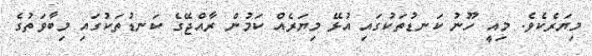
މިޔަރެކެވެ. މިއީ ހޫނު ކަނޑުތަކުގައި އުޅޭ މިޔަރެއް ކަމުން ރާއްޖޭގެ ކަނޑުތަކުގައި މިބާވަތުގެ